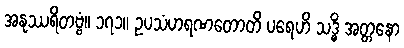
အနုဿရိတဗ္ဗံ။ ၁၇၁။ ဥပသံဟရဏတောတိ ပရေဟိ သဒ္ဓိံ အတ္တနော